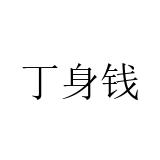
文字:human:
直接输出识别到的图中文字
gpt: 丁身钱